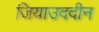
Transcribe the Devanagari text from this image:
जियाउददीन